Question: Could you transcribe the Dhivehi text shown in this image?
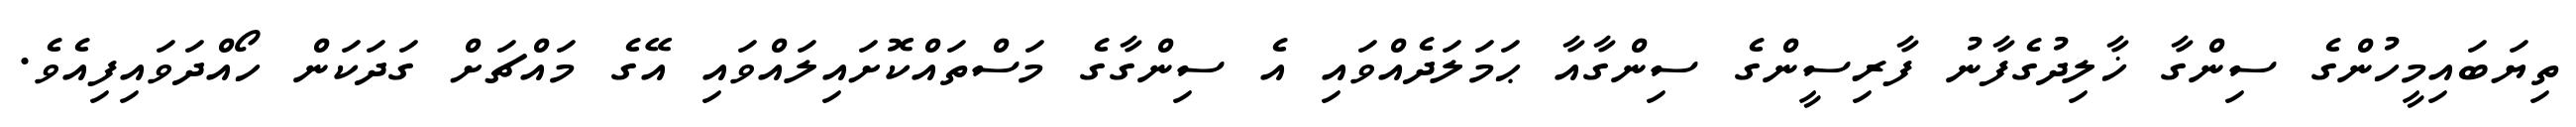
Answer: ތިޔަބައިމީހުންގެ ސިންގާ ޚާލިދުގެފާނު ފާރިސީންގެ ސިންގާއާ ޙަމަލަދެއްވައި އެ ސިންގާގެ މަސްތައްކޮށައިލައްވައި އޭގެ މައްޗަށް ގަދަކަން ހޯއްދަވައިފިއެވެ.